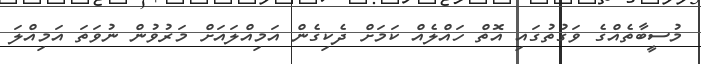
މުސީބާތެއްގެ ވަގުތުގައި އޮތް ހައްލެއް ކަމަށް ދެކިގެން އަމިއްލައަށް މަރުވުން ނުވަތަ އަމިއްލަ